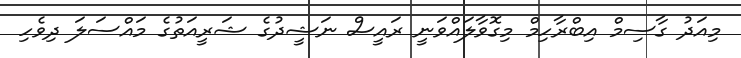
މިއަދު ގާސިމް އިބްރާހިމް މިގޮވާލައްވަނީ ރައީސް ނަޝީދުގެ ޝަރީއަތުގެ މައްސަލަ ދިވެހި